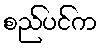
စည်ပင်က